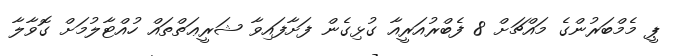
ޕީ މެމްބަރުންގެ މައްޗަށް 8 ފެބްރުއަރީއާ ގުޅިގެން ފަށާފައިވާ ޝަރީޢަތްތައް ހުއްޓާލުމަށް ގޮވާލާ